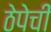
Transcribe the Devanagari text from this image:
ठेपेची